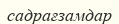
садрағзамдар